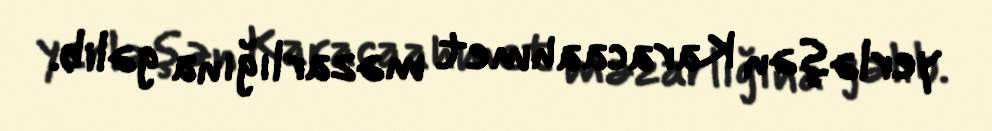
yerləşən Karacaahmet məzarlığına gəlib.